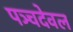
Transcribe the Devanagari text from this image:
पञ्चदेवल